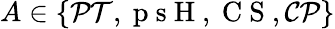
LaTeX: A\in\left\{ \mathcal{PT},\mathrm{~p~s~H~},\mathrm{~C~S~},\mathcal{CP}\right\}